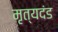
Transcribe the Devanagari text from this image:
मृत्यदंड